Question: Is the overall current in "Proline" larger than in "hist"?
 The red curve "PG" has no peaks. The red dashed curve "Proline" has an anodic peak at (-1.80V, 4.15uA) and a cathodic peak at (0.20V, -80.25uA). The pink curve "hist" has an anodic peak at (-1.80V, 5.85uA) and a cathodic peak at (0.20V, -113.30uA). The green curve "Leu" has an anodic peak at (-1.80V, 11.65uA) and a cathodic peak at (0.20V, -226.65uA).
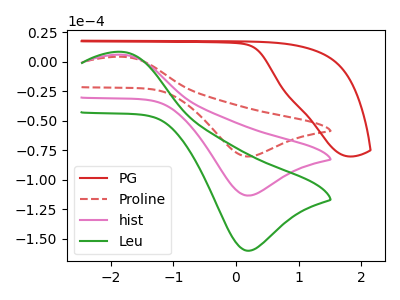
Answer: <think>All the peaks in "Proline" have a peak in "hist" at the same potential. Every peak in "Proline" is lower than every peak in "hist".
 </think>
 <answer>"Proline" has less signal than "hist".</answer>
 <eval>less_signal</eval>